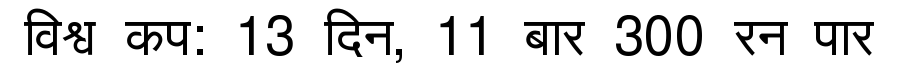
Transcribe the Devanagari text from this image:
विश्व कप: 13 दिन, 11 बार 300 रन पार